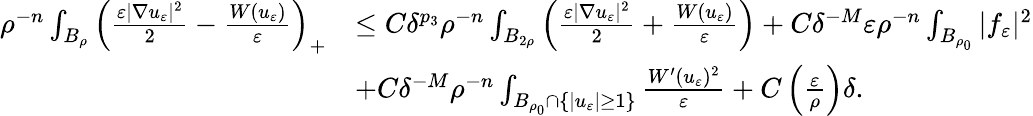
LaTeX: \begin{array}{rl}{\rho^{-n}\int_{B_{\rho}}\left(\frac{\varepsilon|\nabla u_{\varepsilon}|^{2}}{2}-\frac{W(u_{\varepsilon})}{\varepsilon}\right)_{+}}&{\leq C\delta^{p_{3}}\rho^{-n}\int_{B_{2\rho}}\left(\frac{\varepsilon|\nabla u_{\varepsilon}|^{2}}{2}+\frac{W(u_{\varepsilon})}{\varepsilon}\right)+C\delta^{-M}\varepsilon\rho^{-n}\int_{B_{\rho_{0}}}|f_{\varepsilon}|^{2}}\\ &{+C\delta^{-M}\rho^{-n}\int_{B_{\rho_{0}}\cap\{ |u_{\varepsilon}|\geq 1\} }\frac{W^{\prime}(u_{\varepsilon})^{2}}{\varepsilon}+C\left(\frac{\varepsilon}{\rho}\right)\delta.}\end{array}